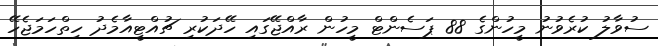
ސުވާލު ކުރެވުނު މީހުންގެ 88 ޕަސެންޓް މީހުން ރާއްޖޭގައި ހޭދަކުރި ޗުއްޓީއާމެދު ހިތްހަމަޖެހޭ